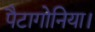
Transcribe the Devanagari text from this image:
पैटागोनिया।